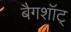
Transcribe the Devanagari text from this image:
बैगशॉट्